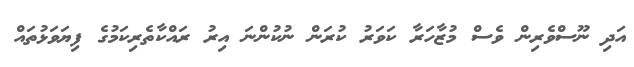
އަދި ނޫސްވެރިން ވެސް މުޒާހަރާ ކަވަރު ކުރަން ނުކުންނަ އިރު ރައްކާތެރިކަމުގެ ފިޔަވަޅުތައް